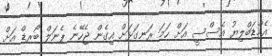
އެމްޑަބްލިޔު އެސްސީ އަށް ހަމަ ރަނގަޅަށް އިގެން ޖެހޭނެ ޕެނަލް ބޯރޑް އަށް